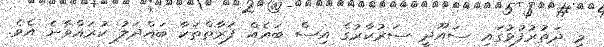
މި ދަތުރުފުޅުގައި ސައޫދީ ސަރުކާރުގެ އިސް ބައެއް ފަރާތްތަކާ ބައްދަލު ކުރައްވާނެ އެވެ.